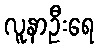
လူနာဦးရေ